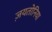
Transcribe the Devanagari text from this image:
ज़यतोनिया